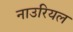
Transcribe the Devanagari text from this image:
नाउरियल